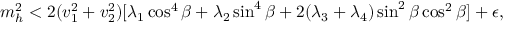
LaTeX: m _ { h } ^ { 2 } < 2 ( v _ { 1 } ^ { 2 } + v _ { 2 } ^ { 2 } ) [ \lambda _ { 1 } \cos ^ { 4 } \beta + \lambda _ { 2 } \sin ^ { 4 } \beta + 2 ( \lambda _ { 3 } + \lambda _ { 4 } ) \sin ^ { 2 } \beta \cos ^ { 2 } \beta ] + \epsilon ,